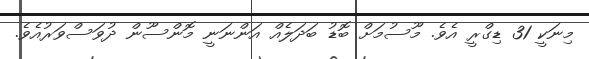
މިނަކީ 31 ޑިގްރީ އެވެ. މޫސުމަށް ބޮޑު ބަދަލެއް އަންނަނީ މޮންސޫން ދުވަސްވަރުއެވެ.